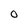
Character: 0